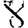
Digit: 8